Lunatic asylums Madras 1877-1891 - 1877-1891
Year: 1877
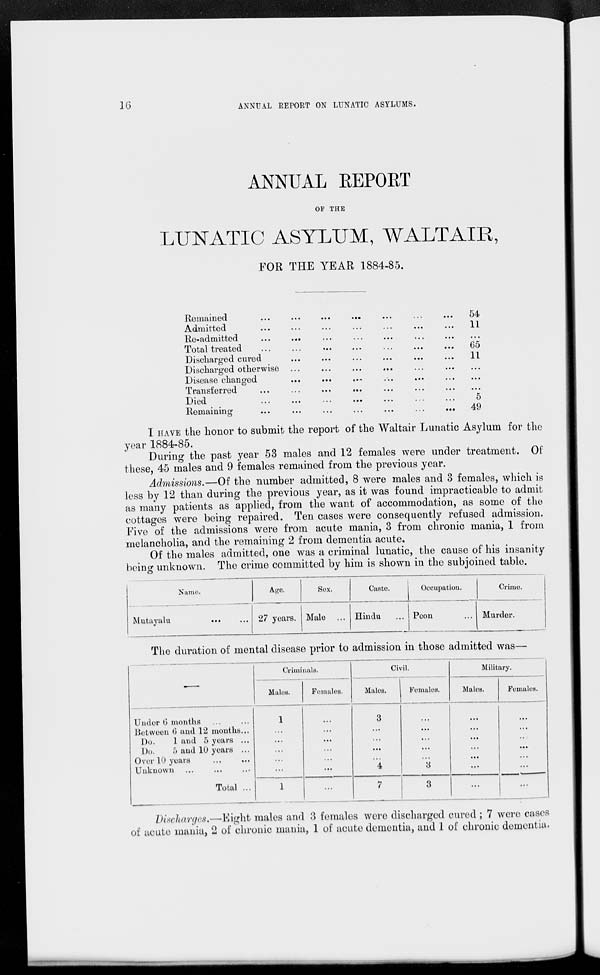
16
ANNUAL REPORT ON LUNATIC ASYLUMS.
ANNUAL REPORT
OF THE
LUNATIC ASYLUM, WALTAIR,
FOR THE YEAR 1884-85.
Remained
...
...
...
...
...
...
...
Admitted ... ... ... ... ... ... ...
Re-admitted ... ... ... ... ... ... ...
Total treated ... ... ... ... ... ... ...
Discharged cured ... ... ... ... ... ...
Discharged otherwise ... ... ... ... ... ...
Disease changed ... ... ... ... ... ...
Transferred
...
...
...
...
...
...
...
Died
...
...
...
...
...
...
...
Remaining
...
...
...
...
...
...
...
54
11
...
65
11
...
...
...
5
49
I HAVE the honor to submit the report of the Waltair Lunatic Asylum for the
year 1884-85.
During the past year 53 males and 12 females were under treatment. Of
these, 45 males and 9 females remained from the previous year.
Admissions.—Of the number admitted, 8 were males and 3 females, which is
less by 12 than during the previous year, as it was found impracticable to admit
as many patients as applied, from the want of accommodation, as some of the
cottages were being repaired. Ten cases were consequently refused admission.
Five of the admissions were from acute mania, 3 from chronic mania, 1 from
melancholia, and the remaining 2 from dementia acute.
Of the males admitted, one was a criminal lunatic, the cause of his insanity
being unknown. The crime committed by him is shown in the subjoined table.
Name.
Mutayalu ... ...
Age.
27 years.
Sex.
Male ...
Caste.
Hindu ...
Occupation.
Peon ...
Crime.
Murder.
The duration of mental disease prior to admission in those admitted was—
—
Under 6 months ... ...
Between 6 and 12 months ...
Do.
1 and 5 years ...
Do.
5 and 10 years ...
Over 10 years
...
...
Unknown ... ... ...
Total ...
Criminals.
Males.
1
...
...
...
...
...
1
Females.
...
...
...
...
...
...
...
Civil.
Males.
3
...
...
...
...
4
7
Females.
...
...
...
...
...
3
3
Military.
Males.
...
...
...
...
...
...
...
Females.
...
...
...
...
...
...
...
Discharges.—Eight males and 3 females were discharged cured; 7 were cases
of acute mania, 2 of chronic mania, 1 of acute dementia, and 1 of chronic dementia.